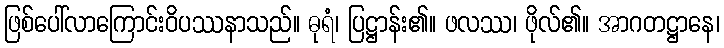
ဖြစ်ပေါ်လာကြောင်းဝိပဿနာသည်။ ဓုရံ၊ ပြဋ္ဌာန်း၏။ ဖလဿ၊ ဖိုလ်၏။ အာဂတဋ္ဌာနေ၊